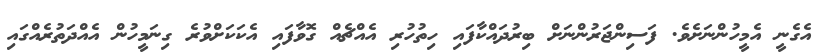
އެގެނީ އެމީހުންނަށެވެ. ފަސިންޖަރުންނަށް ބިރުދައްކާފައި ހިތުހުރި އެއްޗެއް ގޮވާފައި އެކަކަށްވުރެ ގިނަމީހުން އެއްދަތުރެއްގައި